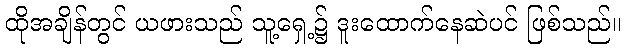
ထိုအချိန်တွင် ယဖားသည် သူ့ရှေ့၌ ဒူးထောက်နေဆဲပင် ဖြစ်သည်။